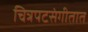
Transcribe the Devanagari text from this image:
चित्रपटसंगीतात